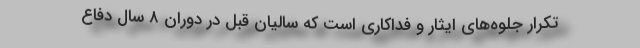
تکرار جلوه‌های ایثار و فداکاری است که سالیان قبل در دوران ۸ سال دفاع